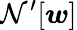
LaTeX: \mathcal{N^{\prime}}[\boldsymbol{w}]